Vaccination report Assam 1874-1896 - 1874-1896
Year: 1874
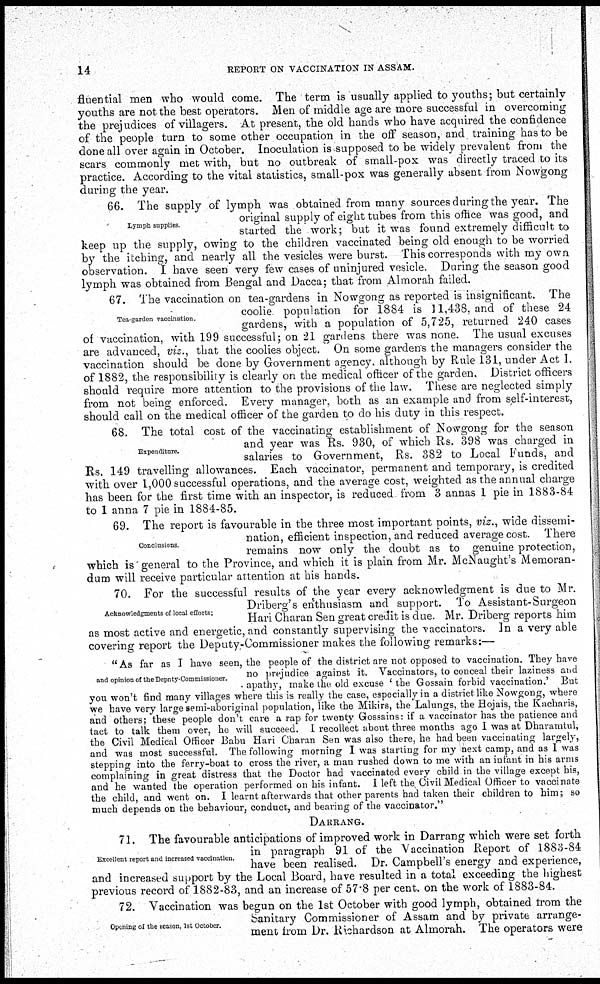
14
REPORT ON VACCINATION IN ASSAM.
fluential men who would come. The term is usually applied to youths; but certainly
youths are not the best operators. Men of middle age are more successful in overcoming
the prejudices of villagers. At present, the old hands who have acquired the confidence
of the people turn to some other occupation in the off season, and training has to be
done all over again in October. Inoculation is supposed to be widely prevalent from the
scars commonly met with, but no outbreak of small-pox was directly traced to its
practice. According to the vital statistics, small-pox was generally absent from Nowgong
during the year.
Lymph supplies
66. The supply of lymph was obtained from many sources during the year. The
original supply of eight tubes from this office was good, and
started the work; but it was found extremely difficult to
keep up the supply, owing to the children vaccinated being old enough to be worried
by the itching, and nearly all the vesicles were burst. This corresponds with my own
observation. I have seen very few cases of uninjured vesicle. During the season good
lymph was obtained from Bengal and Dacca; that from Almorah failed.
Tea-garden vaccination.
67. The vaccination on tea-gardens in Nowgong as reported is insignificant. The
coolie population for 1884 is 11,438, and of these 24
gardens, with a population of 5,725, returned 240 cases
of vaccination, with 199 successful; on 21 gardens there was none. The usual excuses
are advanced, viz., that the coolies object. On some gardens the managers consider the
vaccination should be done by Government agency, although by Rule 131, under Act I.
of 1882, the responsibility is clearly on the medical officer of the garden. District officers
should require more attention to the provisions of the law. These are neglected simply
from not being enforced. Every manager, both as an example and from self-interest,
should call on the medical officer of the garden to do his duty in this respect.
Expenditure.
68. The total cost of the vaccinating establishment of Nowgong for the season
and year was Rs. 930, of which Rs. 398 was charged in
salaries to Government, Rs. 382 to Local Funds, and
Rs. 149 travelling allowances. Each vaccinator, permanent and temporary, is credited
with over 1,000 successful operations, and the average cost, weighted as the annual charge
has been for the first time with an inspector, is reduced from 3 annas 1 pie in 1883-84
to 1 anna 7 pie in 1884-85.
Conclusions.
69. The report is favourable in the three most important points, viz., wide dissemi-
nation, efficient inspection, and reduced average cost. There
remains now only the doubt as to genuine protection,
which is general to the Province, and which it is plain from Mr. McNaught's Memoran-
dum will receive particular attention at his hands.
Acknowledgments of local efforts,
70. For the successful results of the year every acknowledgment is due to Mr.
Driberg's enthusiasm and support. To Assistant-Surgeon
Hari Charan Sen great credit is due. Mr. Driberg reports him
as most active and energetic, and constantly supervising the vaccinators. In a very able
covering report the Deputy-Commissioner makes the following remarks:—
and opinion of the Deputy-Commissioner.
" As far as I have seen, the people of the district are not opposed to vaccination. They have
no prejudice against it. Vaccinators, to conceal their laziness and
apathy, make the old excuse ' the Gossam forbid vaccination.' But
you won't find many villages where this is really the case, especially in a district like Nowgong, where
we have very large semi-aboriginal population, like the Mikirs, the Lalungs, the Hojars, the Kacharis,
and others; these people don't care a rap for twenty Gossains: if a vaccinator has the patience and
tact to talk them over, he will succeed. I recollect about three months ago I was at Dharamtul,
the Civil Medical Officer Babu Hari Charan Sen was also there, he had been vaccinating largely,
and was most successful. The following morning I was starting for my next camp, and as I was
stepping into the ferry-boat to cross the river, a man rushed down to me with an infant in his arms
complaining in great distress that the Doctor had vaccinated every child in the village except his,
and he wanted the operation performed on his infant. I left the Civil Medical Officer to vaccinate
the child, and went on. I learnt afterwards that other parents had taken their children to him; so
much depends on the behaviour, conduct, and bearing of the vaccinator."
DARRANG.
Excellent report and increased vaccination.
71. The favourable anticipations of improved work in Darrang which were set forth
in paragraph 91 of the Vaccination Report of 1883-84
have been realised. Dr. Campbell's energy and experience,
and increased support by the Local Board, have resulted in a total exceeding the highest
previous record of 1882-83, and an increase of 57.8 per cent. on the work of 1883-84.
Opening of the season, 1st October.
72. Vaccination was begun on the 1st October with good lymph, obtained from the
Sanitary Commissioner of Assam and by private arrange-
ment from Dr. Richardson at Almorah. The operators were